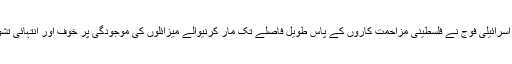
یکم جنوری 2014ء) اسرائیلی فوج نے فلسطینی مزاحمت کاروں کے پاس طویل فاصلے تک مار کرنیوالے میزائلوں کی موجودگی پر خوف اور انتہائی تشویش کا اظہار کیا ہے۔